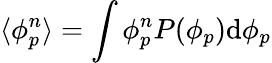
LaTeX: \langle\phi_{p}^{n}\rangle=\int\phi_{p}^{n}P(\phi_{p})\mathrm{d}\phi_{p}